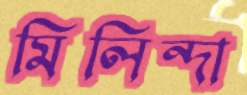
মিলিন্দা